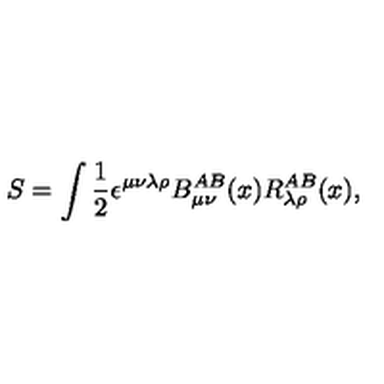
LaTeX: S = \int \frac { 1 } { 2 } \epsilon ^ { \mu \nu \lambda \rho } B _ { \mu \nu } ^ { A B } ( x ) R _ { \lambda \rho } ^ { A B } ( x ) ,